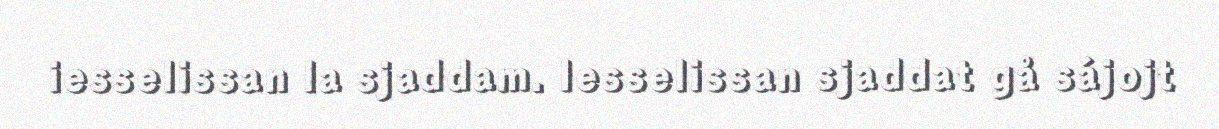
iesselissan la sjaddam. Iesselissan sjaddat gå sájojt